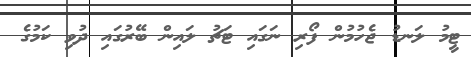
ޓީމު ލަނޑު ޖެހުމުން ފޯރި ނަގައި ޓަޗު ލައިން ބޭރުގައި ދުވި ކަމުގެ